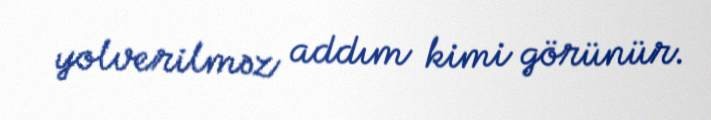
yolverilməz addım kimi görünür.